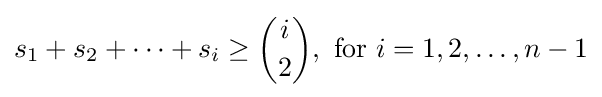
s_{1}+s_{2}+\cdots +s_{i}\geq {i \choose 2},{\text{ for }}i=1,2,\ldots ,n-1